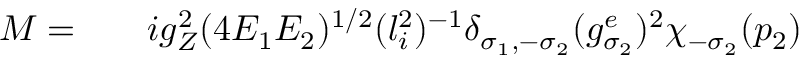
\begin{array} { r l r } { { \cal M } = } & { { } } & { i g _ { Z } ^ { 2 } ( 4 E _ { 1 } E _ { 2 } ) ^ { 1 / 2 } ( l _ { i } ^ { 2 } ) ^ { - 1 } \delta _ { \sigma _ { 1 } , - \sigma _ { 2 } } ( g _ { \sigma _ { 2 } } ^ { e } ) ^ { 2 } \chi _ { - \sigma _ { 2 } } ( p _ { 2 } ) } \end{array}